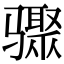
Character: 骤